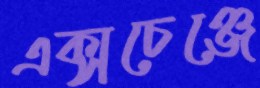
এক্সচেঞ্জে